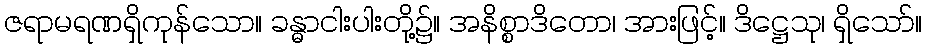
ဇရာမရဏရှိကုန်သော။ ခန္ဓာငါးပါးတို့၌။ အနိစ္စာဒိတော၊ အားဖြင့်။ ဒိဋ္ဌေသု၊ ရှိသော်။